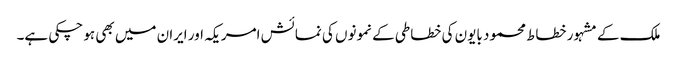
ملک کے مشہور خطاط محمود بایون کی خطاطی کے نمونوں کی نمائش امریکہ اور ایران میں بھی ہو چکی ہے۔